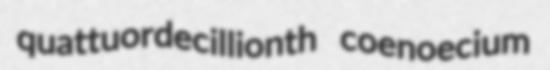
quattuordecillionth coenoecium